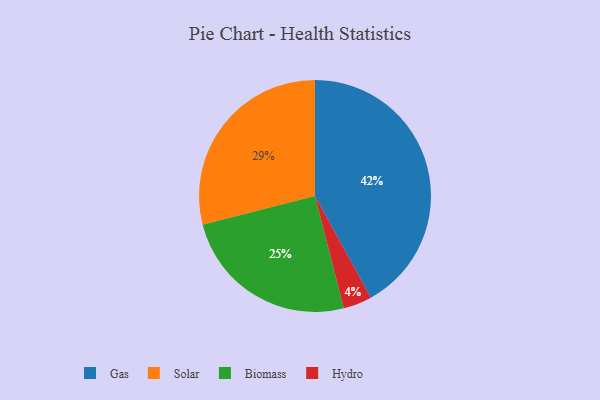
{"axis": {"x": "Category", "y": "Percentage"}, "legend": ["Biomass", "Gas", "Hydro", "Solar"], "data": [{"x": "Gas", "y": 42, "type": "Gas"}, {"x": "Solar", "y": 29, "type": "Solar"}, {"x": "Biomass", "y": 25, "type": "Biomass"}, {"x": "Hydro", "y": 4, "type": "Hydro"}]}